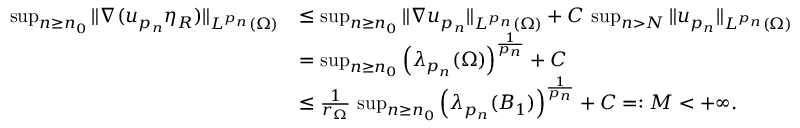
\begin{array} { r l } { \operatorname* { s u p } _ { n \ge n _ { 0 } } \| \nabla ( u _ { p _ { n } } \eta _ { R } ) \| _ { L ^ { p _ { n } } ( \Omega ) } } & { \le \operatorname* { s u p } _ { n \ge n _ { 0 } } \| \nabla u _ { p _ { n } } \| _ { L ^ { p _ { n } } ( \Omega ) } + C \, \operatorname* { s u p } _ { n > N } \| u _ { p _ { n } } \| _ { L ^ { p _ { n } } ( \Omega ) } } \\ & { = \operatorname* { s u p } _ { n \ge n _ { 0 } } \Big ( \lambda _ { p _ { n } } ( \Omega ) \Big ) ^ { \frac { 1 } { p _ { n } } } + C } \\ & { \le \frac { 1 } { r _ { \Omega } } \, \operatorname* { s u p } _ { n \ge n _ { 0 } } \Big ( \lambda _ { p _ { n } } ( B _ { 1 } ) \Big ) ^ { \frac 1 { p _ { n } } } + C = : M < + \infty . } \end{array}